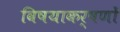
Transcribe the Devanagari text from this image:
विषयाकर्षणों